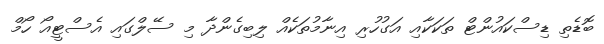
ބޮޑެތި ޑިސްކައުންޓް ތަކަކާއި އަގުހުރި އިނާމުތަކެއް ލިބިގެންދާ މި ސޭލްގައި އެސްޓީއޯ ހޯމް